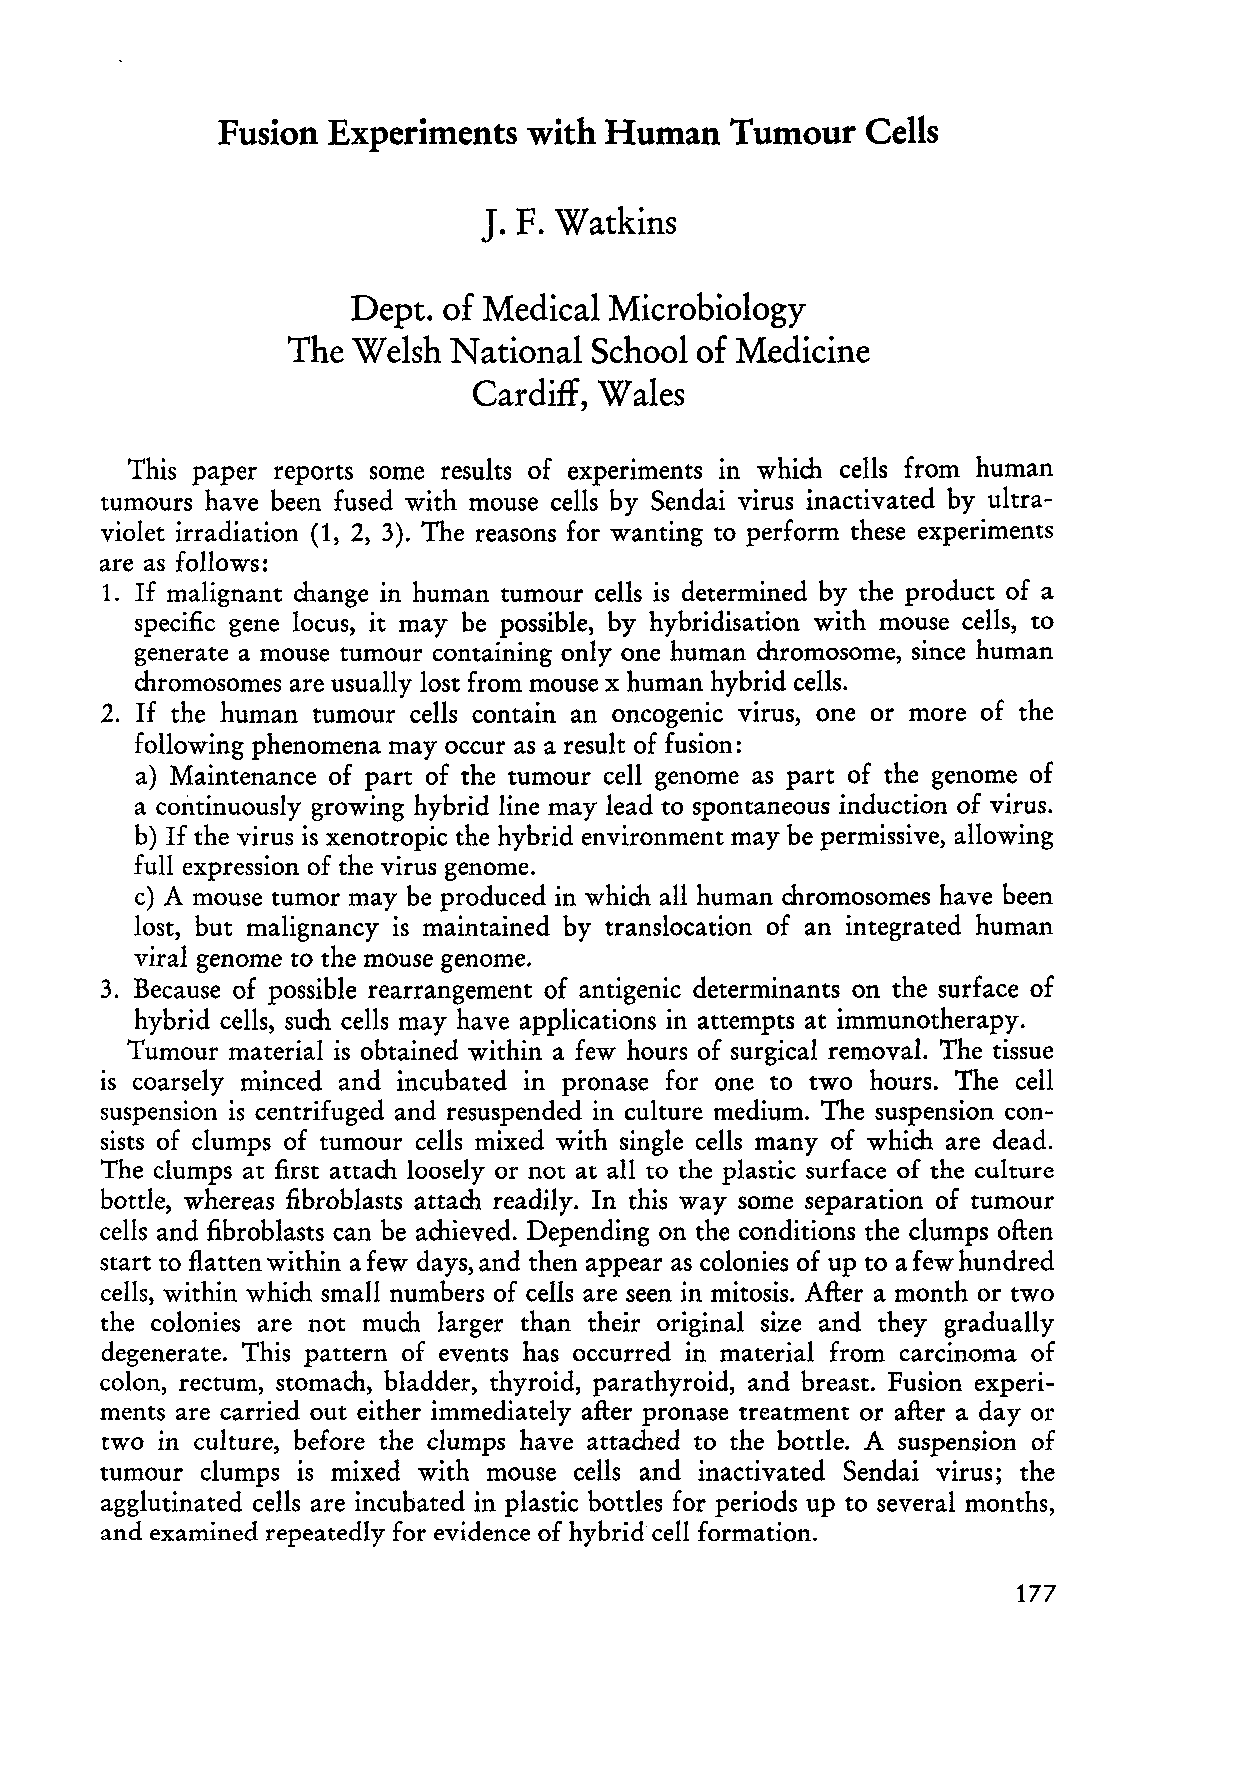
Fusion  Experiments  with Human   Tumour   Cells
 J.
 F. Watkins
 Dept. of Medical Microbiology
 The Welsh  National School of Medicine
 Cardiff, Wales
 This paper reports some results of experiments in which cells from human
 tumours have been fused with mouse cells by Sendai virus inactivated by ultra
 violet irradiation (1, 2, 3). The reasons for wanting to perform these experiments
 are as follows:
 1. If malignant change in human tumour cells is determined by the product of a
 specific gene locus, it may be possible, by hybridisation with mouse cells, to
 generate a mouse tumour containing only one human chromosome, since human
 chromosomes are usually lost from mouse x human hybrid cells.
 2. If the human tumour cells contain an oncogenic virus, one or more of the
 following phenomena may occur as a result of fusion:
 a) Maintenance of part of the tumour cell genome as part of the genome of
 a continuously growing hybrid line may lead to spontaneous induction of virus.
 b) If the virus is xenotropic the hybrid environment may be permissive, allowing
 fuH expression of the virus genome.
 c) A mouse tumor may be produced in which aH human chromosomes have been
 lost, but malignancy is maintained by translocation of an integrated human
 viral genome to the mouse genome.
 3. Because of possible rearrangement of antigenie determinants on the surface of
 hybrid cells, such cells may have applications in attempts at immunotherapy.
 Tumour material is obtained within a few hours of surgical removal. The tissue
 is coarsely minced and incubated in pronase for one to two hours. The cell
 suspension is centrifuged and resuspended in culture medium. The suspension con
 sists of clumps of tumour cells mixed with single cells many of which are dead.
 The clumps at first attach loosely or not at all to the plastic surface of the culture
 bottle, whereas fibroblasts attach readily. In this way some separation of tumour
 cells and fibroblasts can be achieved. Depending on the conditions the clumps often
 start to flatten within a few days, and then appear as colonies of up to a few hundred
 cells, within which small numbers of cells are seen in mitosis. After a month or two
 the colonies are not much larger than their original size and they gradually
 degenerate. This pattern of events has occurred in material from carcinoma of
 colon, rectum, stornach, bladder, thyroid, parathyroid, and breast. Fusion experi
 ments are carried out either immediately after pronase treatment or after a day or
 two in culture, before the clumps have attached to the bottle. A suspension of
 tumour clumps is mixed with mouse cells and inactivated Sendai virus; the
 agglutinated cells are incubated in plastic bottles for periods up to several months,
 and examined repeatedly for evidence of hybrid cell formation.
 177